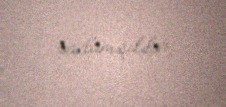
saxlamışdılar.